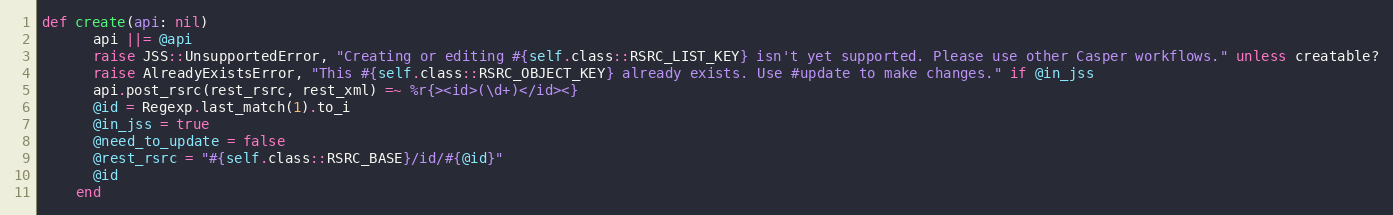
Language: Ruby
def create(api: nil)
      api ||= @api
      raise JSS::UnsupportedError, "Creating or editing #{self.class::RSRC_LIST_KEY} isn't yet supported. Please use other Casper workflows." unless creatable?
      raise AlreadyExistsError, "This #{self.class::RSRC_OBJECT_KEY} already exists. Use #update to make changes." if @in_jss
      api.post_rsrc(rest_rsrc, rest_xml) =~ %r{><id>(\d+)</id><}
      @id = Regexp.last_match(1).to_i
      @in_jss = true
      @need_to_update = false
      @rest_rsrc = "#{self.class::RSRC_BASE}/id/#{@id}"
      @id
    end